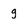
Character: g